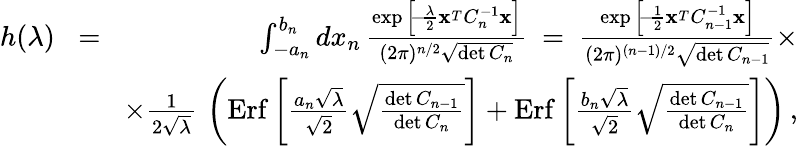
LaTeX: \begin{array}{rlr}{h(\lambda)}&{\! =\! }&{\int_{-a_{n}}^{b_{n}}dx_{n}\, {\frac{\exp\Big[\! -\! {\frac{\lambda}{2}}{\mathbf x}^{_T}C_{n}^{-1}{\mathbf x}\Big]}{(2\pi)^{n/2}\sqrt{\operatorname*{det}C_{n}}}}\ =\ {\frac{\exp\Big[\! -\! {\frac{1}{2}}{\mathbf x}^{_T}C_{n-1}^{-1}{\mathbf x}\Big]}{(2\pi)^{(n-1)/2}\sqrt{\operatorname*{det}C_{n-1}}}}\times}\\ &{}&{\times{\frac{1}{2\sqrt\lambda}}\, \left(\mathrm{Erf}\left[{\frac{a_{n}\sqrt\lambda}{\sqrt 2}}\sqrt{\frac{\operatorname*{det}C_{n-1}}{\operatorname*{det}C_{n}}}\right]+\mathrm{Erf}\left[{\frac{b_{n}\sqrt\lambda}{\sqrt 2}}\sqrt{\frac{\operatorname*{det}C_{n-1}}{\operatorname*{det}C_{n}}}\right]\right)\, ,}\end{array}